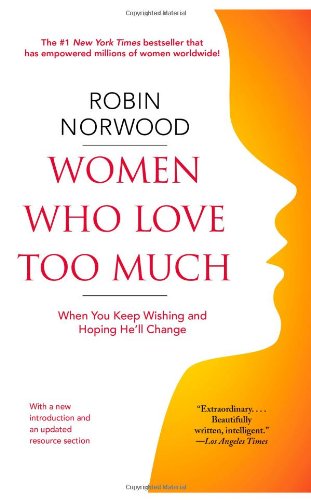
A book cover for Women Who Love Too Much: When You Keep Wishing and Hoping He'll Change; Robin Norwood; Parenting & Relationships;